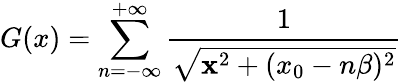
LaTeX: G(x)=\sum_{n=-\infty}^{+\infty}\frac{1}{\sqrt{{\mathbf x}^{2}+(x_{0}-n\beta)^{2}}}